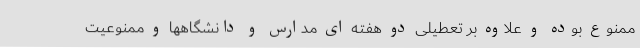
ممنوع بوده و علاوه بر تعطیلی دو هفته ای مدارس و دانشگاهها و ممنوعیت